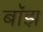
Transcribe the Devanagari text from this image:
बाॅझ